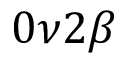
0 \nu 2 \beta